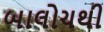
બાલોચથી